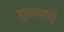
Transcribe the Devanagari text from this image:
मुळ्याचे